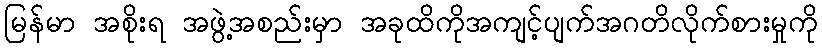
မြန်မာ အစိုးရ အဖွဲ့အစည်းမှာ အခုထိကိုအကျင့်ပျက်အဂတိလိုက်စားမှုကို